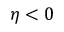
\eta < 0